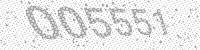
Solution: 005551